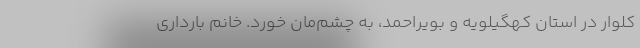
کلوار در استان کهگیلویه و بویراحمد، به چشم‌مان خورد. خانم بارداری